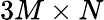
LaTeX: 3M\times N